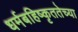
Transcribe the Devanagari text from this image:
धर्मबहिष्कृततेच्या